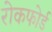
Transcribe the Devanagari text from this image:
रोकफोर्ड